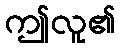
ဤလူ၏